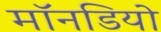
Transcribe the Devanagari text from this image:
मॉनडियो